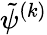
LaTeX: \tilde{\psi}^{(k)}